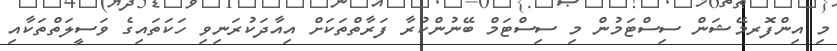
މި އިންފޮރމޭޝަން ސިސްޓަމުން މި ސިސްޓަމް ބޭނުންކުރާ ފަރާތްތަކަށް އިއާދަކުރަނިވި ހަކަތައިގެ ވަސީލަތްތަކާއި